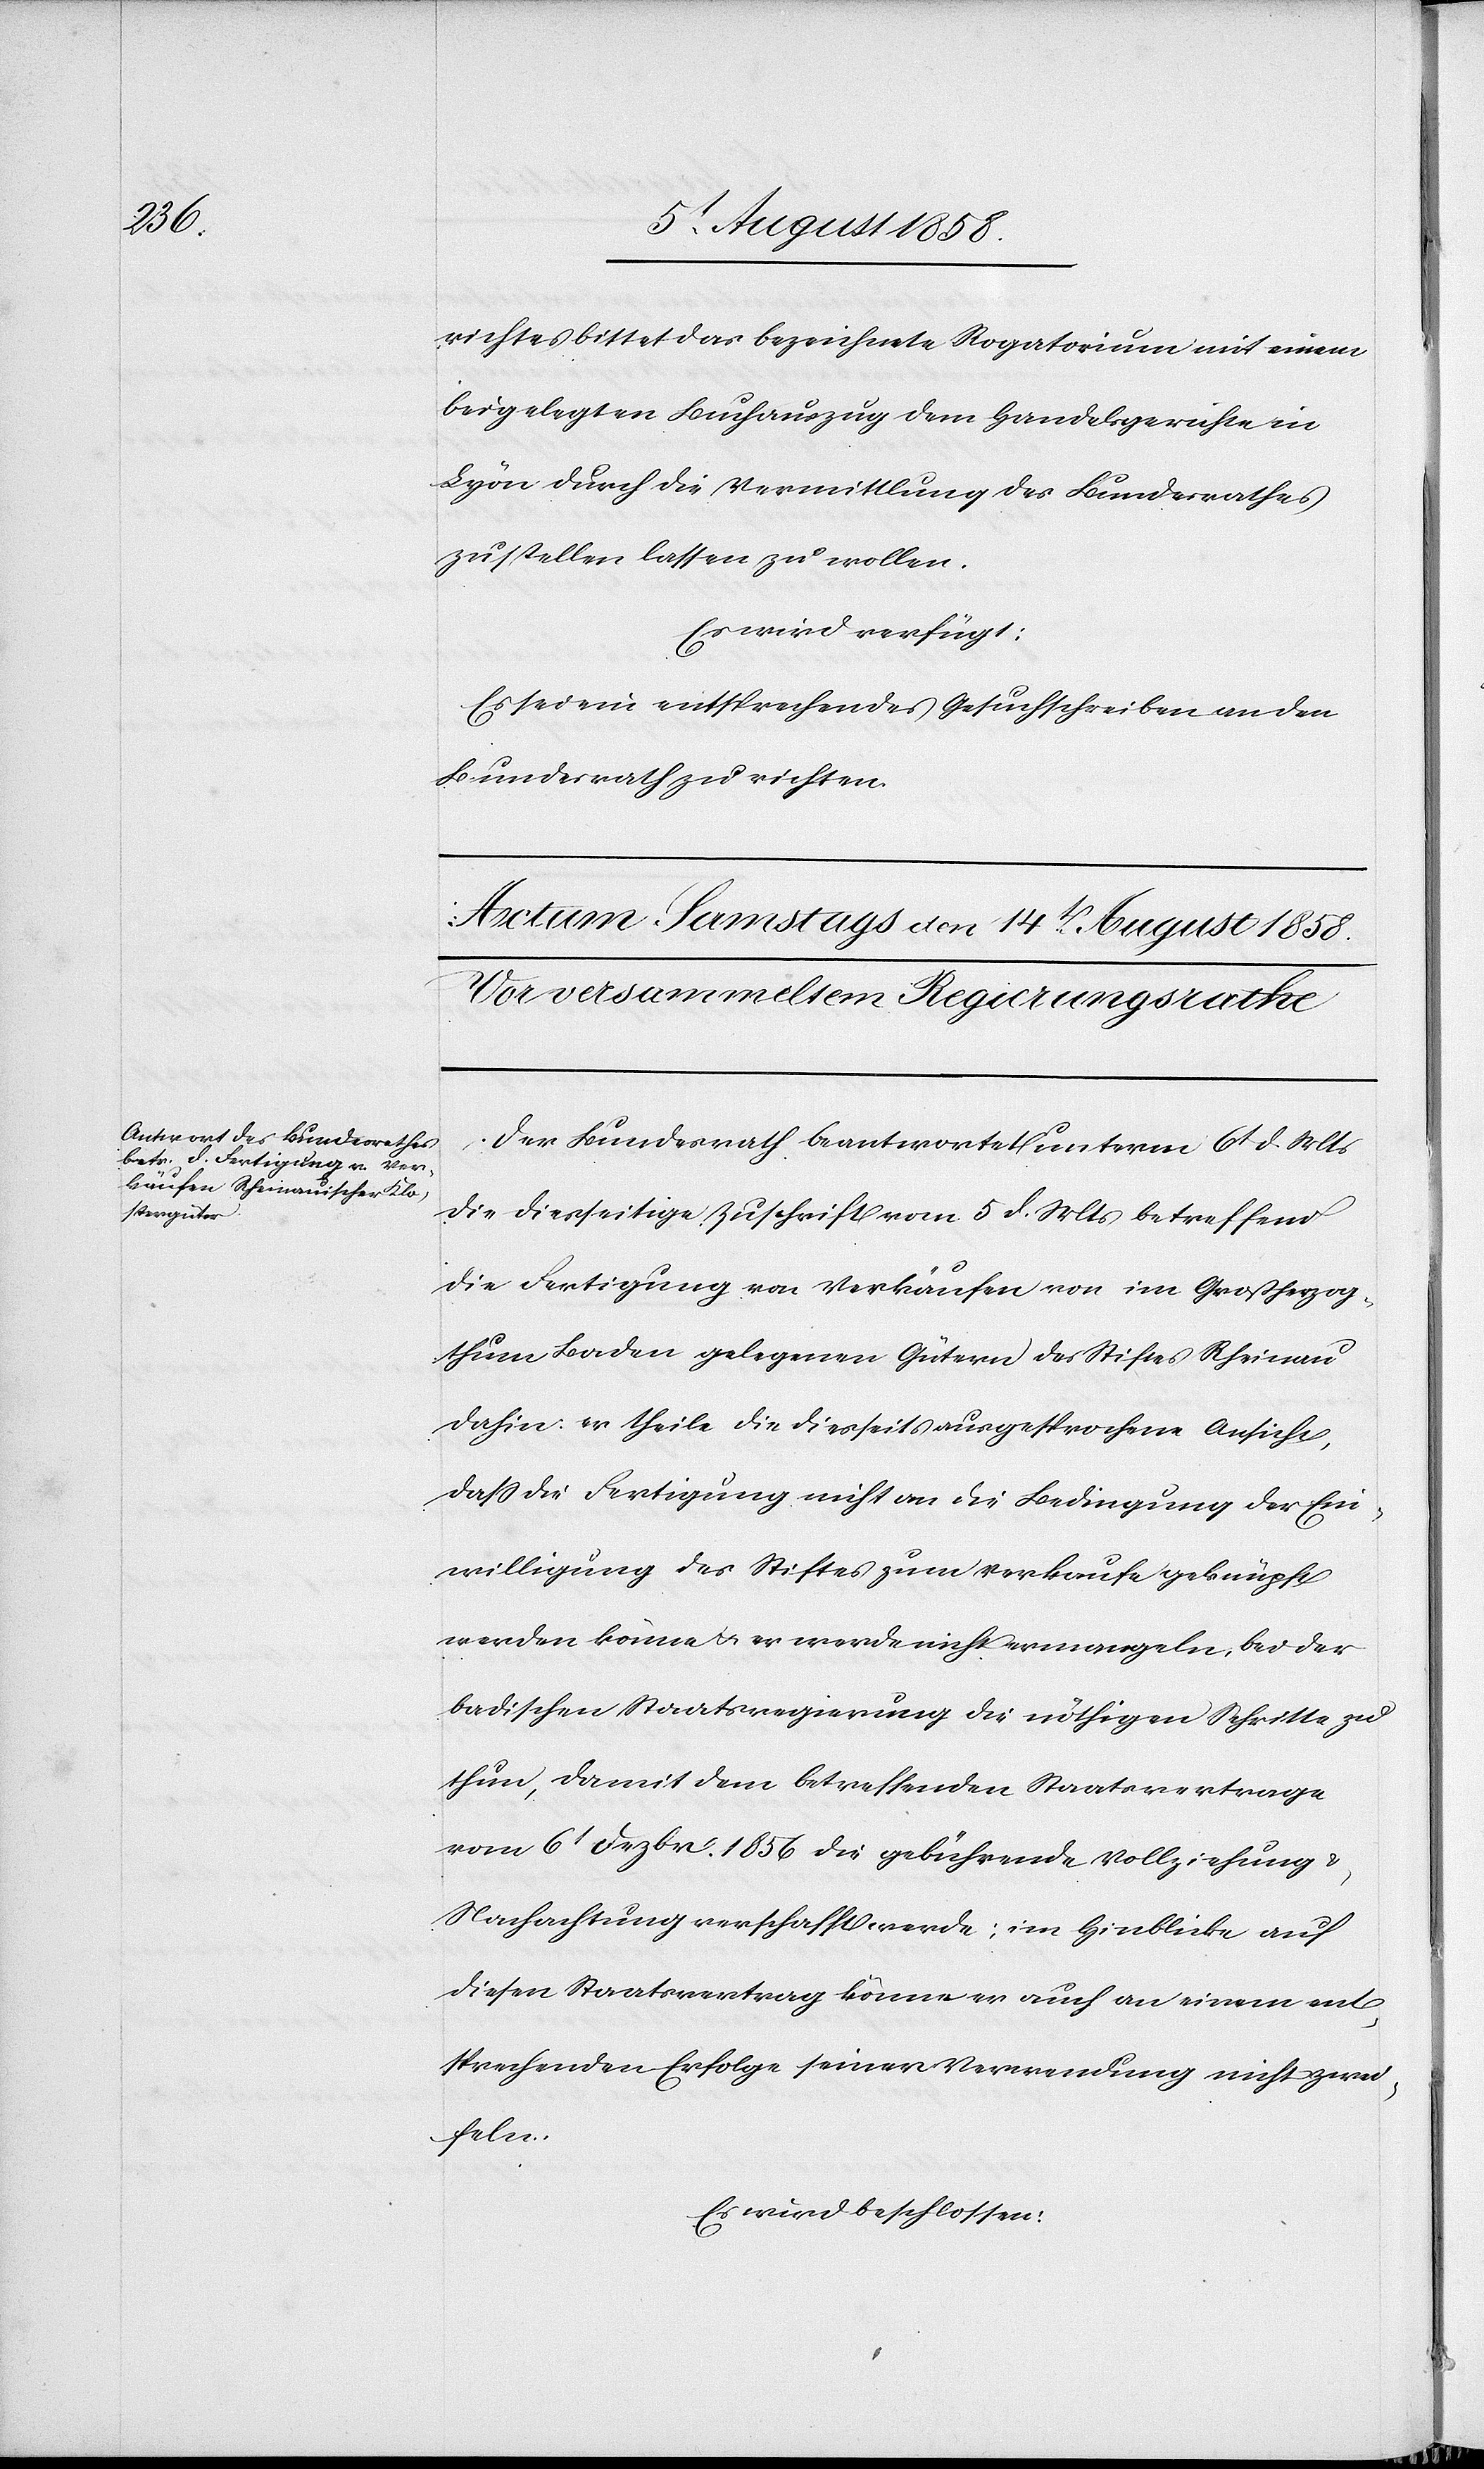
richtes bittet das bezeichnete Rogatorium mit einem
beigelegten Buchauszug dem Handelsgerichte in
Lyon durch die Vermittlung des Bundesrathes
zustellen lassen zu wollen.
Es wird verfügt:
Es sei ein entsprechendes Gesuchschreiben an den
Bundesrath zu richten.
Der Bundesrath beantwortet unterm 6t d. Mts
die diesseitige Zuschrift vom 5 d. Mts betreffend
die Fertigung von Verkäufen von im Großherzog¬
thum Baden gelegenen Gütern des Stiftes Rheinau
dahin: er theile die diesseits ausgesprochene Ansicht,
dass die Fertigung nicht an die Bedingung der Ein¬
willigung des Stiftes zum Verkaufe geknüpft
werden könne & er werde nicht ermangeln, bei der
badischen Staatsregierung die nöthigen Schritte zu
thun, damit dem betreffenden Staatsvertrage
vom 6t Dezbr. 1856 die gebührende Vollziehung &
Nachachtung verschafft werde; im Hinblicke auf
diesen Staatsvertrag könne er auch an einem ent¬
sprechenden Erfolge seiner Verwendung nicht zwei¬
feln.
Es wird beschlossen: